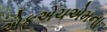
એફએચએમના